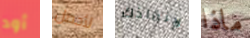
أود لأحصل لإنقاذك ماذا